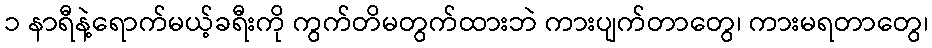
၁ နာရီနဲ့ရောက်မယ့်ခရီးကို ကွက်တိမတွက်ထားဘဲ ကားပျက်တာတွေ၊ ကားမရတာတွေ၊